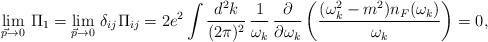
LaTeX: \begin{align*}\lim_{\vec{p}\rightarrow 0}\,\Pi_{1} = \lim_{\vec{p}\rightarrow0}\,\delta_{ij} \Pi_{ij} = 2e^{2} \int {d^{2}k\over(2\pi)^{2}}\,{1\over \omega_{k}}\,{\partial\over\partial\omega_{k}}\left({(\omega_{k}^{2}-m^{2})n_{F}(\omega_{k})\over\omega_{k}}\right) = 0,\end{align*}